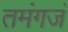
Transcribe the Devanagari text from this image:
तमंगजं